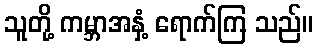
သူတို့ ကမ္ဘာအနှံ့ ရောက်ကြ သည်။